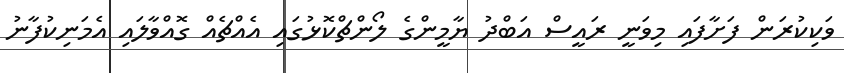
ވަކިކުރަން ފަށާފައި މިވަނީ ރައީސް އަބްދު ޔާމީންގެ ލޯންޗްކޮޅުގައި އެއްޗެއް ގޮއްވާލައި އެމަނިކުފާނު